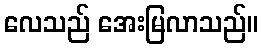
လေသည် အေးမြလာသည်။